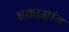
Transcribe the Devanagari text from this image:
एकाक्षांग